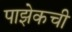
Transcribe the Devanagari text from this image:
पाझेकची